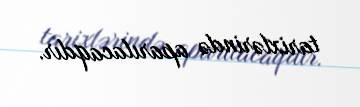
tarixlərində aparılacaqdır.